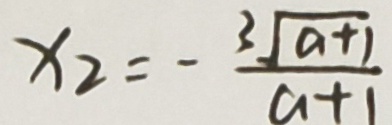
x _ { 2 } = - \frac { 3 \sqrt { a + 1 } } { a + 1 }